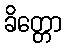
ခိတ္တော